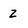
Character: 2